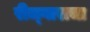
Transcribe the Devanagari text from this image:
रीज्गाराचा